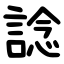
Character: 諗